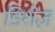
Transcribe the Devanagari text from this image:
डिशेज़